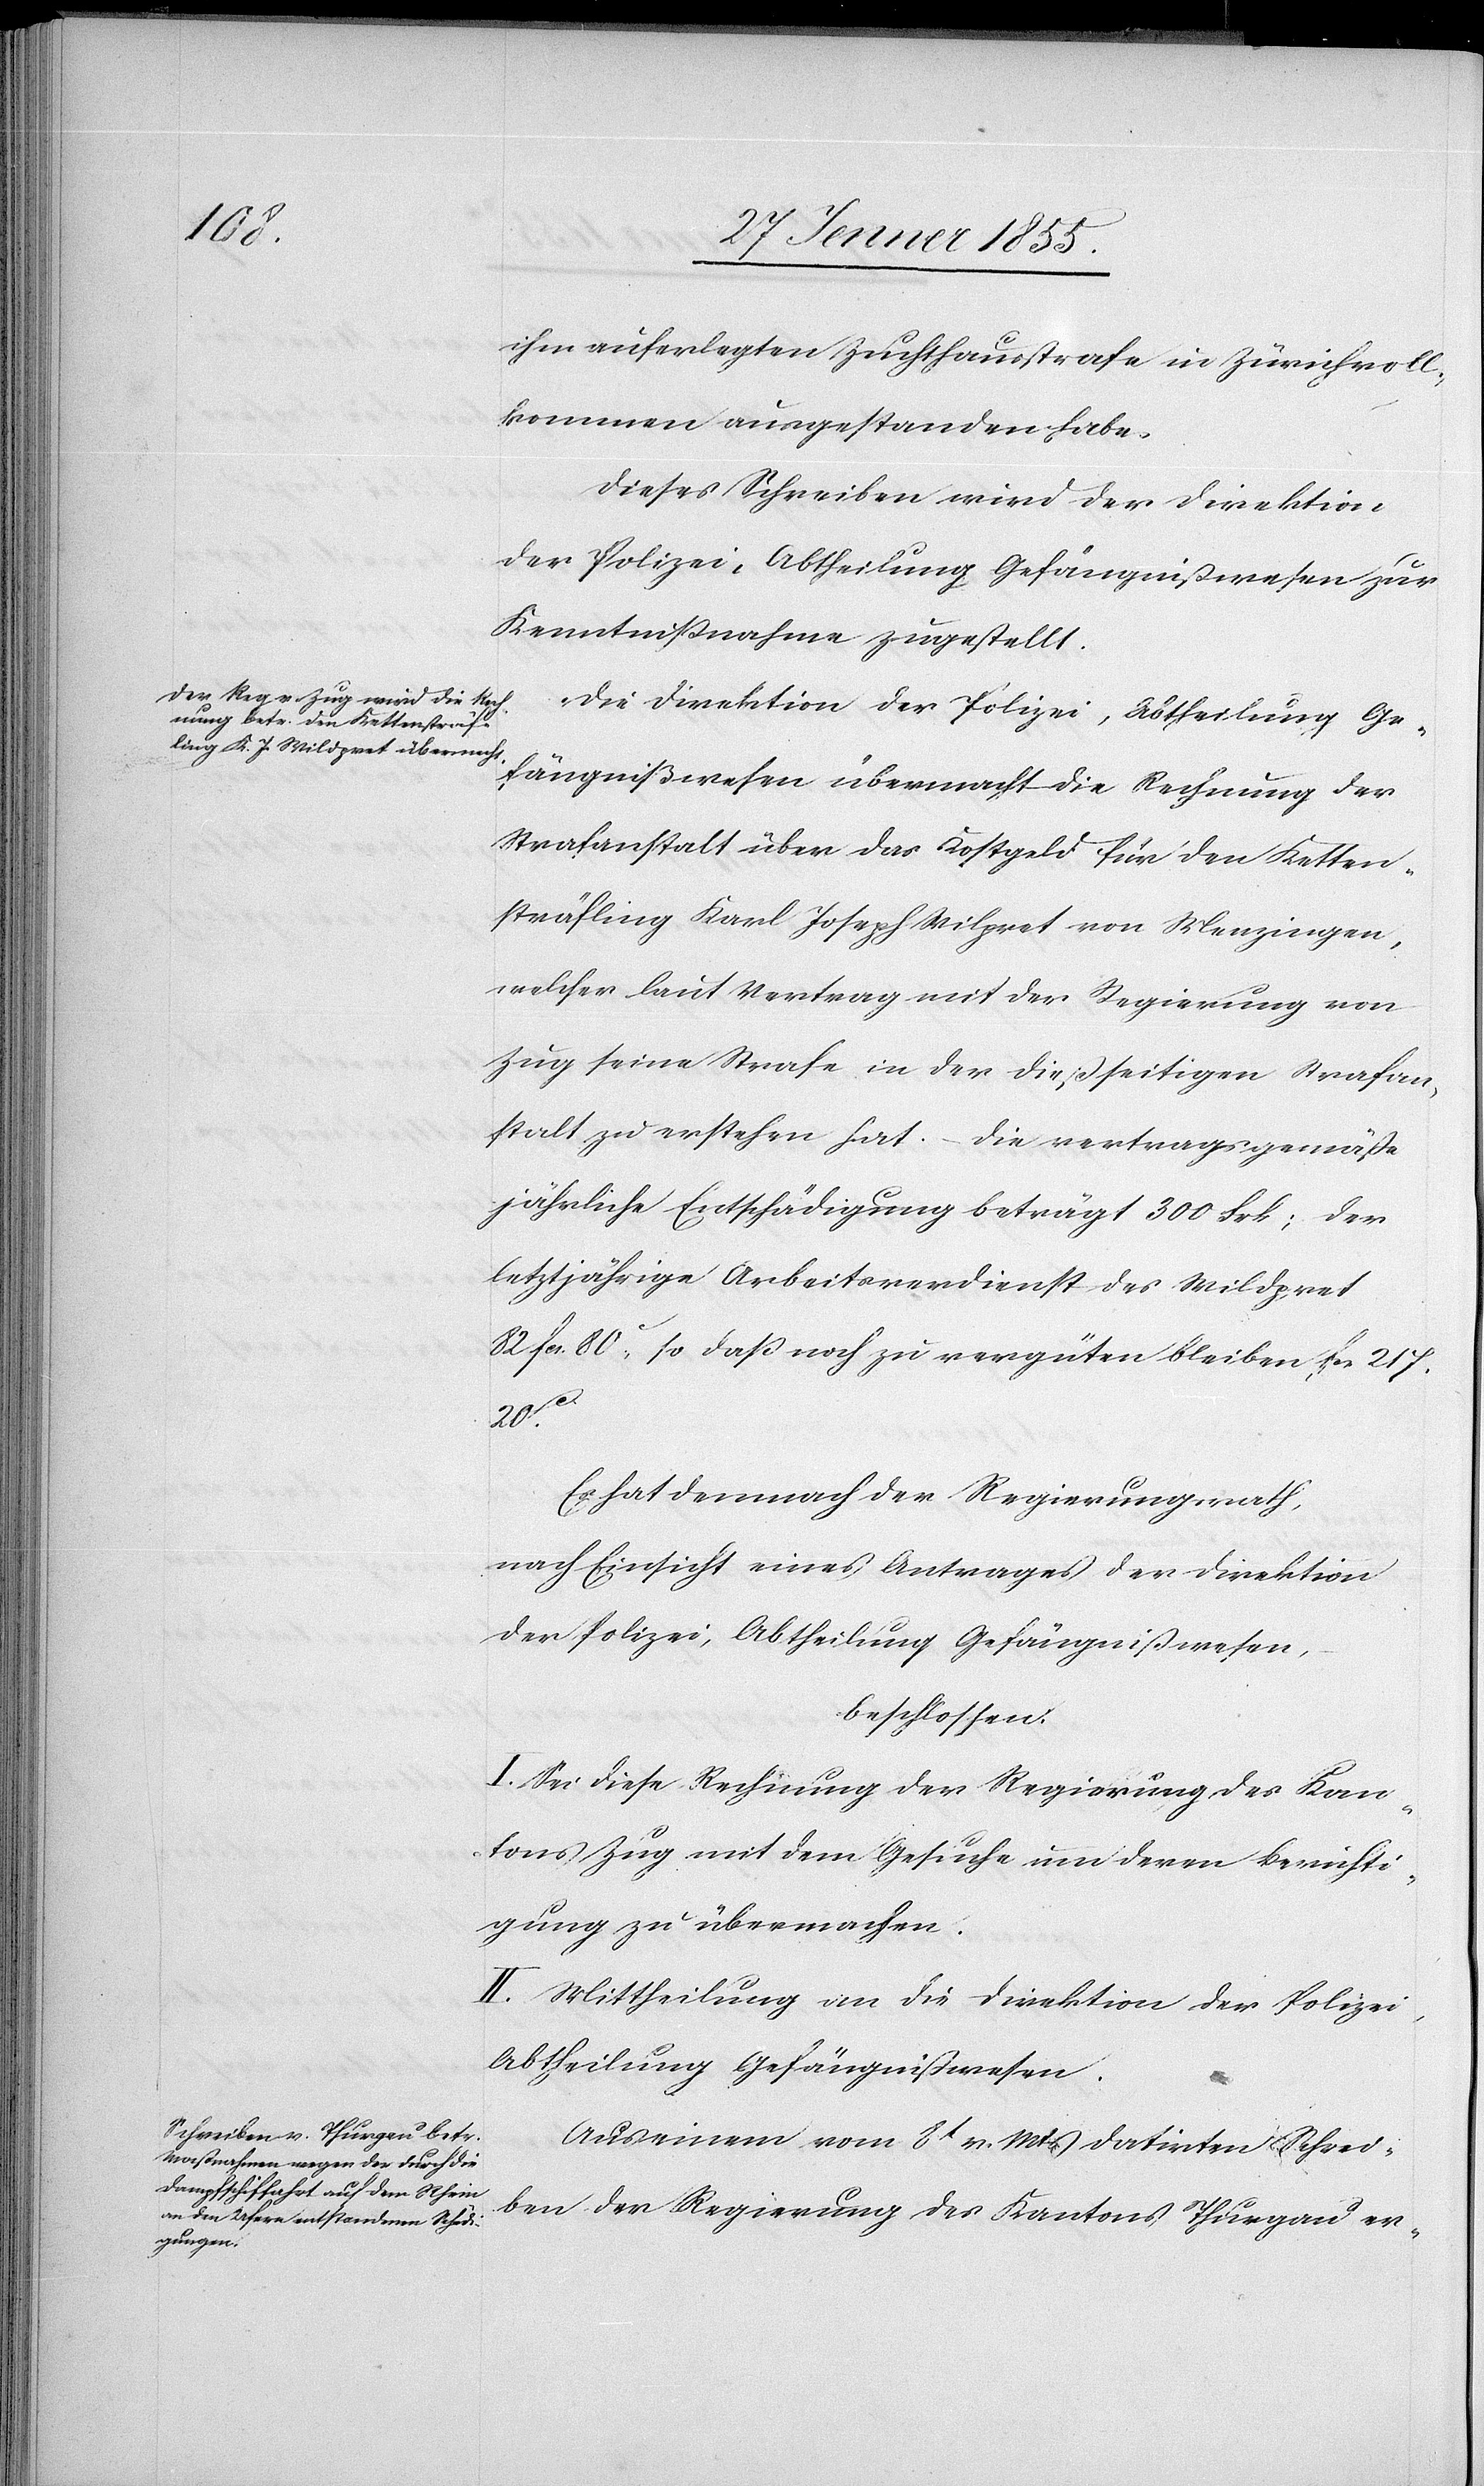
ihm auferlegten Zuchthausstrafe in Zürich voll¬
kommen ausgestanden habe.
Dieses Schreiben wird der Direktion
der Polizei, Abtheilung Gefängnißwesen zur
Kenntnißnahme zugestellt.
Die Direktion der Polizei, Abtheilung Ge¬
fängnißwesen übermacht die Rechnung der
Strafanstalt über das Kostgeld für den Ketten¬
sträfling Karl Joseph Wilpret [sic!] von Menzingen,
welcher laut Vertrag mit der Regierung von
Zug seine Strafe in der dießseitigen Strafan¬
stalt zu erstehen hat. – Die vertragsgemäße
jährliche Entschädigung beträgt 300 Frk; der
letztjährige Arbeitsverdienst des Wildpret
82 Fcs. 80c., so daß noch zu vergüten bleiben Fcs 217.
20c.
Es hat demnach der Regierungsrath,
nach Einsicht eines Antrages der Direktion
der Polizei, Abtheilung Gefängnißwesen,
beschlossen:
I. Sei diese Rechnung der Regierung des Kan¬
tons Zug mit dem Gesuche um deren Berichti¬
gung zu übermachen.
II. Mittheilung an die Direktion der Polizei,
Abtheilung Gefängnißwesen.
Aus einem vom 8t v. Mts datirten Schrei¬
ben der Regierung des Kantons Thurgau er-